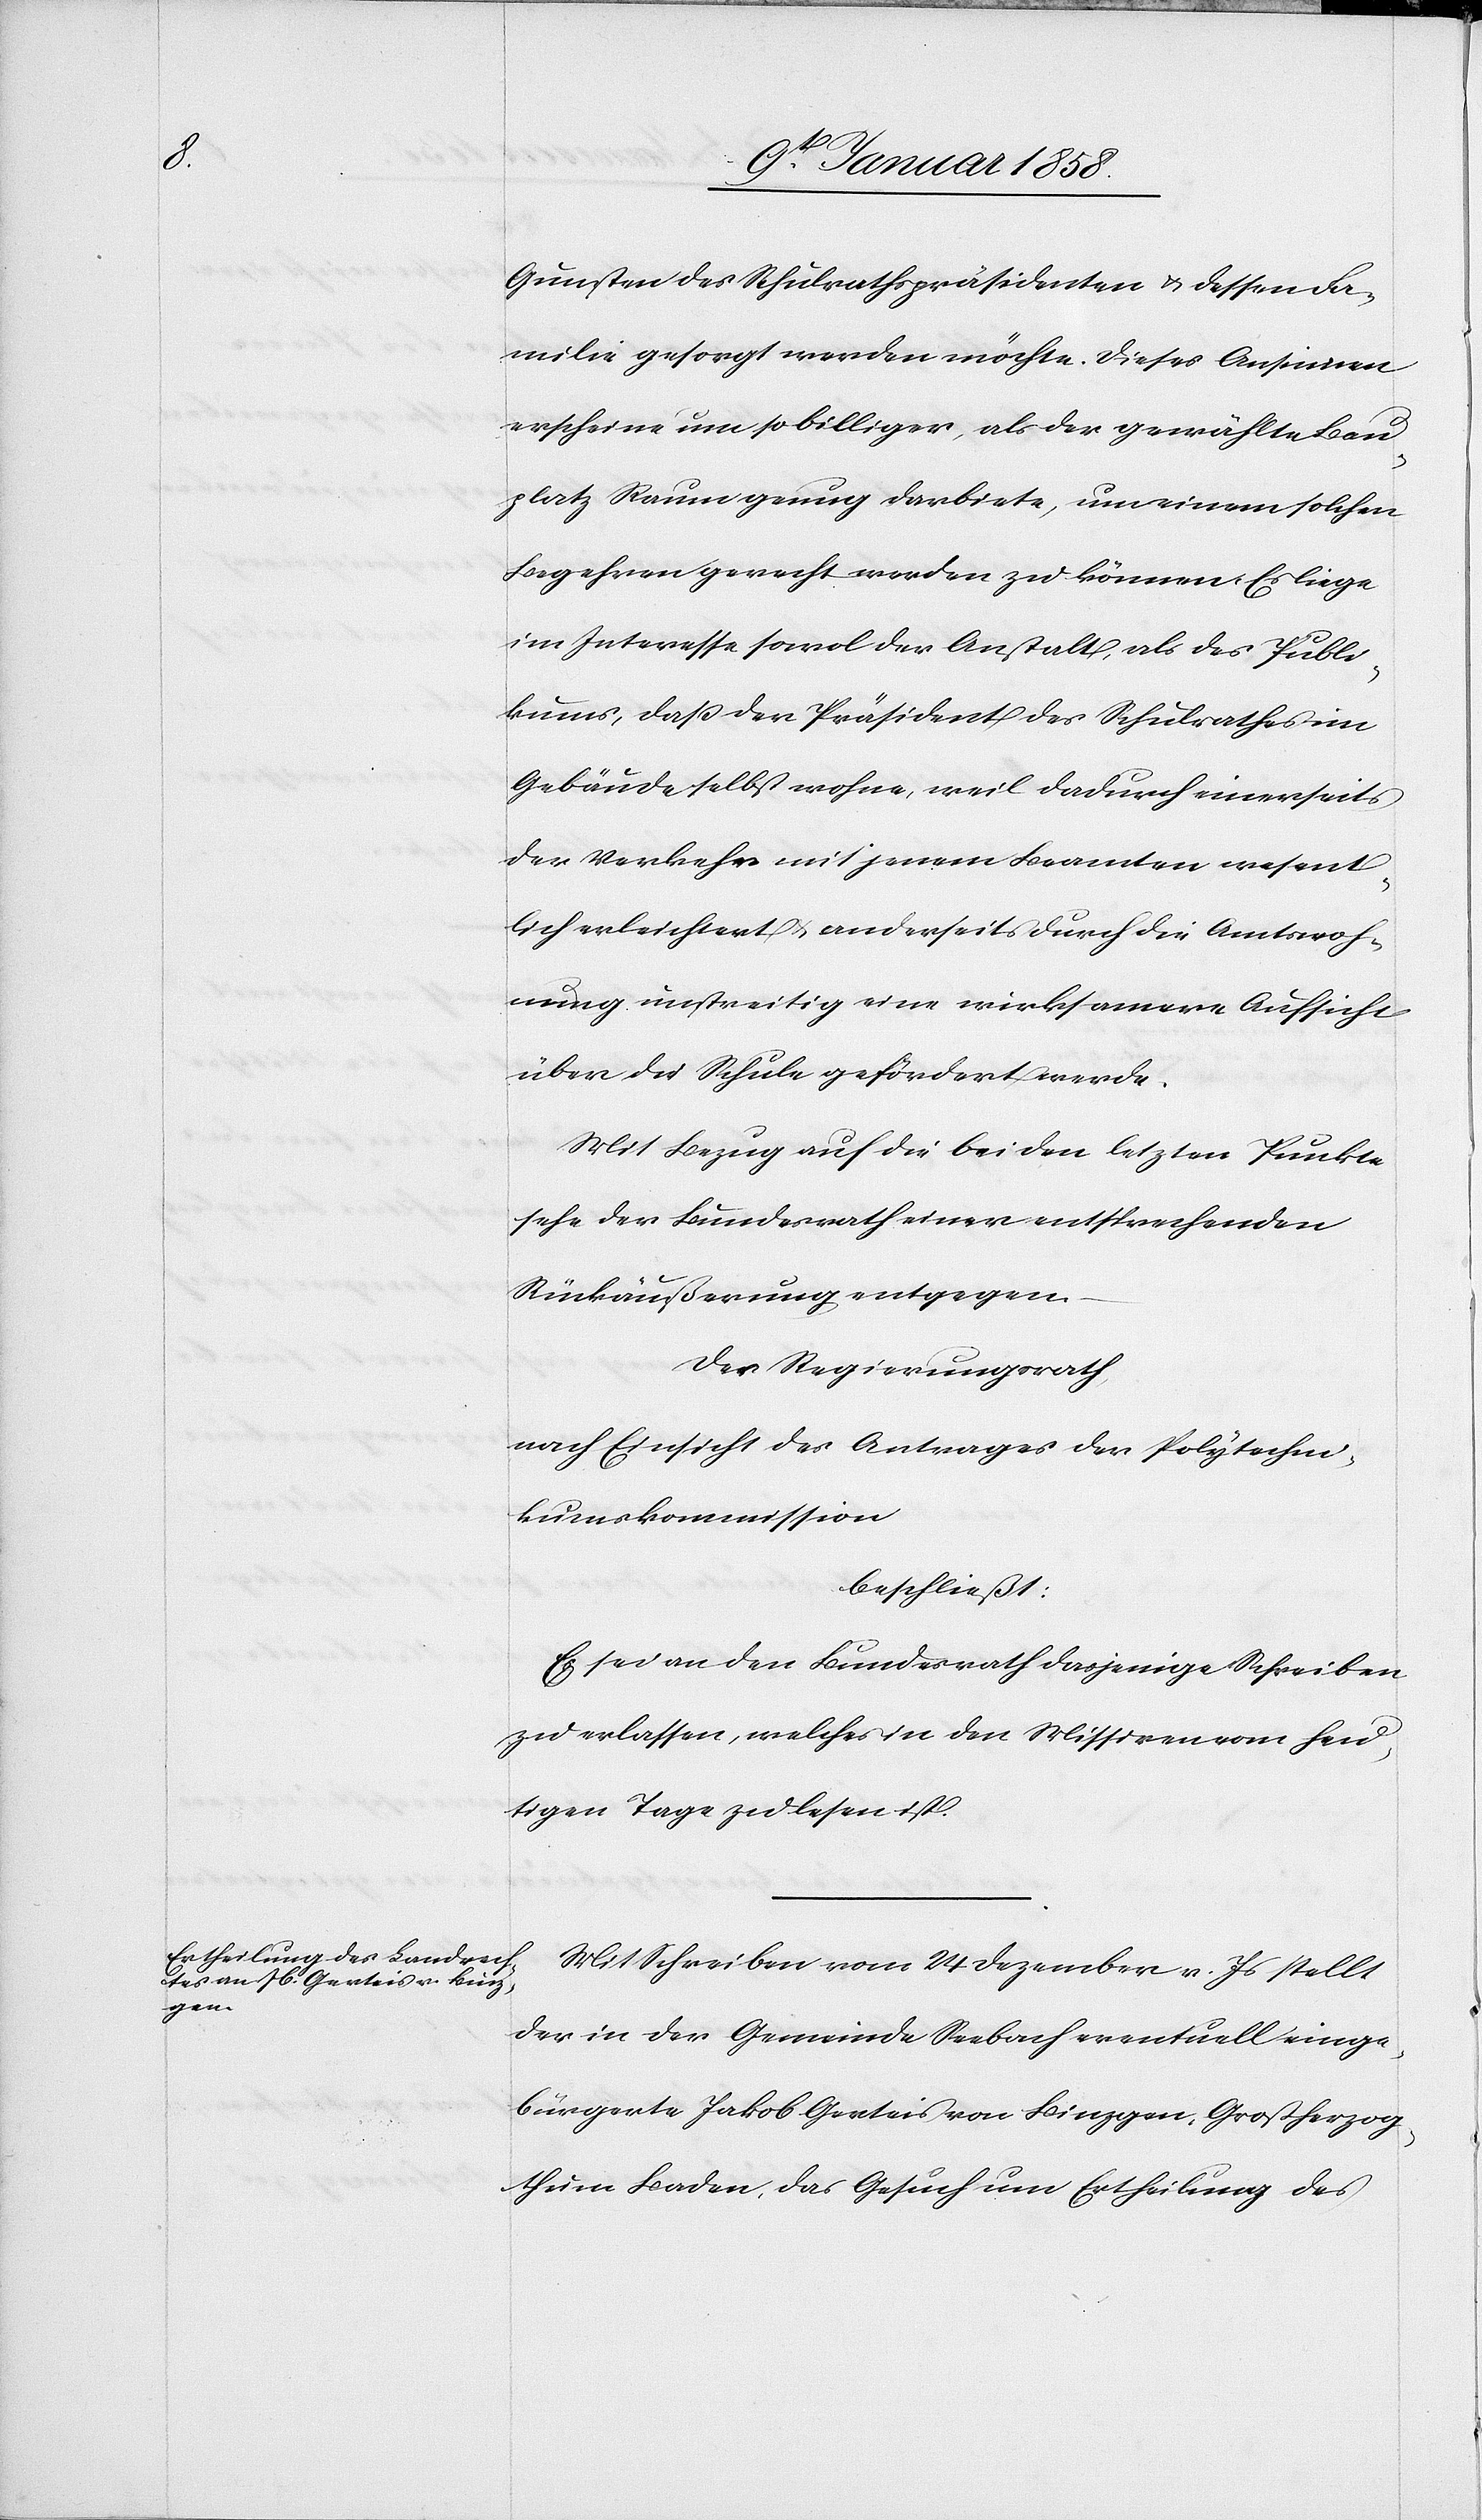
Gunsten des Schulrathspräsidenten u. dessen Fa¬
milie gesorgt werden möchte. Dieses Ansinnen
erscheine um so billiger, als der gewählte Bau¬
platz Raum genug darbiete, um einem solchen
Begehren gerecht werden zu können. Es liege
im Interesse sowol der Anstalt, als des Publi¬
kums, daß der Präsident des Schulrathes im
Gebäude selbst wohne, weil dadurch einerseits
der Verkehr mit jenem Beamten wesent¬
lich erleichtert u. anderseits durch die Amtswoh¬
nung unstreitig eine wirksamere Aufsicht
über die Schule gefördert werde.
Mit Bezug auf die beiden letzten Punkte
sehe der Bundesrath einer entsprechenden
Rückäußerung entgegen.
Der Regierungsrath
nach Einsicht des Antrages der Polytechni¬
kumskommission
beschließt:
Es sei an den Bundesrath dasjenige Schreiben
zu erlassen, welches in den Missiven vom heu¬
tigen Tage zu lesen ist.
Mit Schreiben vom 24 Dezember v. Js stellt
der in der Gemeinde Seebach eventuell einge¬
bürgerte Jakob Gerteis von Binzgen, Großherzog¬
thum Baden, das Gesuch um Ertheilung des